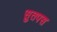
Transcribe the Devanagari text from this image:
सुतपस